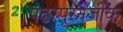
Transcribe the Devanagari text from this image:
पंढरपूरनजीक